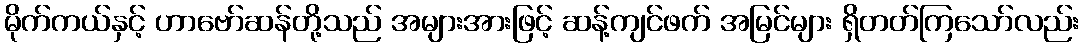
မိုက်ကယ်နှင့် ဟာဗော်ဆန်တို့သည် အများအားဖြင့် ဆန့်ကျင်ဖက် အမြင်များ ရှိတတ်ကြသော်လည်း